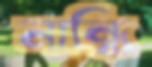
নান্ধি